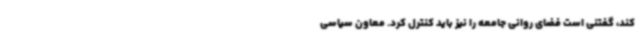
کند، گفتنی است فضای روانی جامعه را نیز باید کنترل کرد. معاون سیاسی